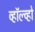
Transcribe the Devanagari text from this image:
व्हॉल्व्हो